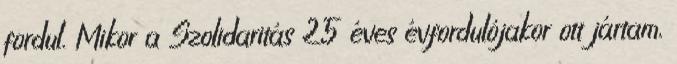
fordul. Mikor a Szolidaritás 25 éves évfordulójakor ott jártam,